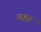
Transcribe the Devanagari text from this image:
शहरं